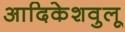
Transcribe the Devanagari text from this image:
आदिकेशवुलू